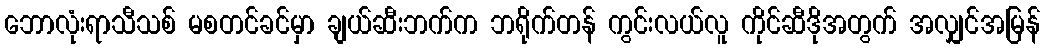
ဘောလုံးရာသီသစ် မစတင်ခင်မှာ ချယ်ဆီးဘက်က ဘရိုက်တန် ကွင်းလယ်လူ ကိုင်ဆီဒိုအတွက် အလျှင်အမြန်